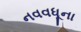
નવવધૂના